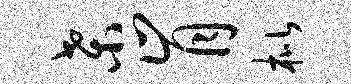
桑肯枇